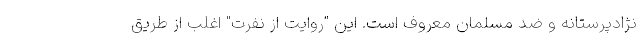
نژادپرستانه و ضد مسلمان معروف است. این "روایت از نفرت" اغلب از طریق